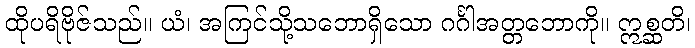
ထိုပရိဗိုဇ်သည်။ ယံ၊ အကြင်သို့သဘောရှိသော ဂင်္ဂါအတ္တဘောကို။ ဣစ္ဆတိ၊